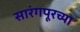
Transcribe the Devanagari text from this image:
सारंगपूरच्या